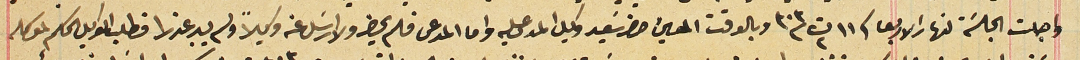
. واجلت الجلسَة لنهار الاربعا فى ١١ ت٢ سنة ٣٠٣ وبالوقت المعين حضر سَعيد وكيل المدعى عليه واما المدعى فلم يحضر ولا ارسَل عنه وكيلاً ولم يبد عذرا فطلب الوكيل الحكم لموكله